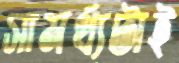
সামর্থ্যটাই